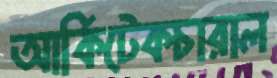
আর্কিটেকচারাল